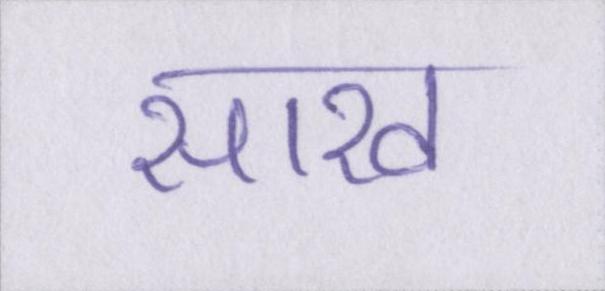
साख